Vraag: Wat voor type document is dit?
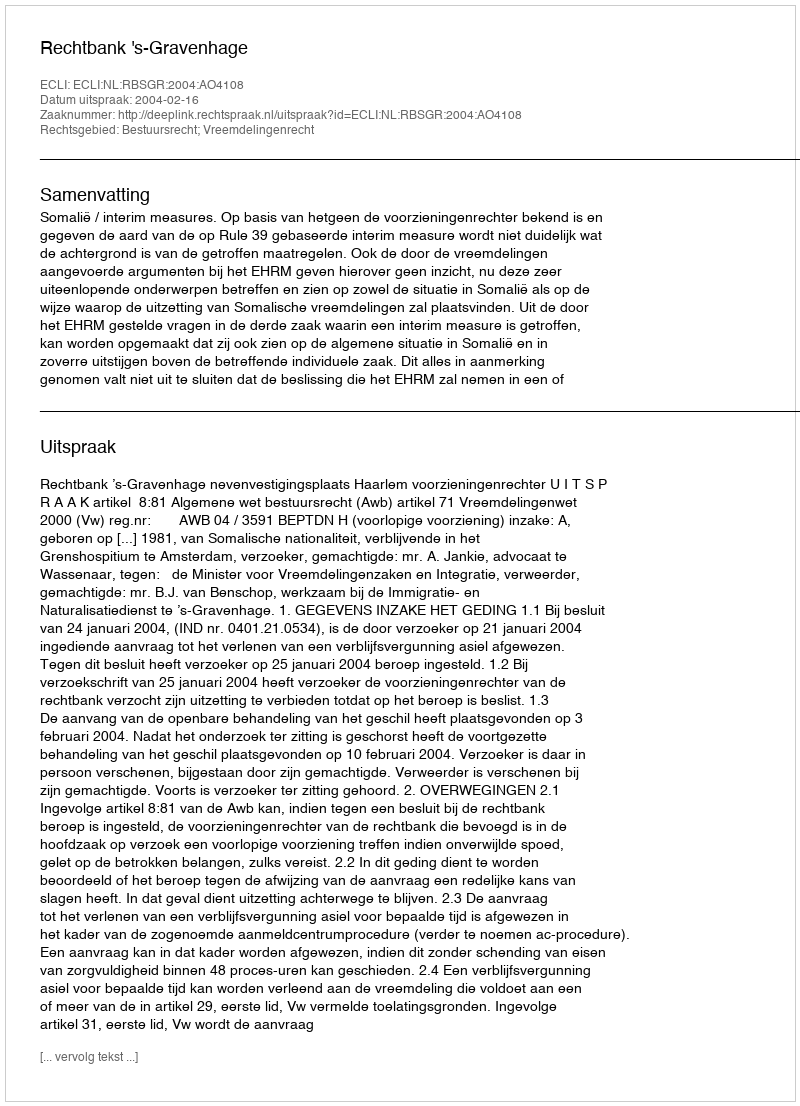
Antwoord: Uitspraak